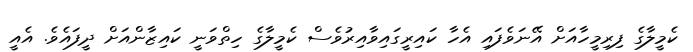
ކެމީލާގެ ފިރިމީހާއަށް އޭނަވެފައި އެހާ ކައިރީގައިވާއިރުވެސް ކެމީލާގެ ހިތްވަނީ ކައިޒާންއަށް ދީފައެވެ. އެއީ